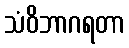
သံဝိဘာဂရတာ